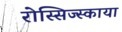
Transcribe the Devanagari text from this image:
रोस्सिज्स्काया